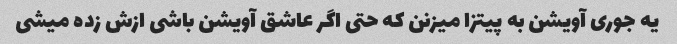
یه جوری آویشن به پیتزا میزنن که حتی اگر عاشق آویشن باشی ازش زده میشی